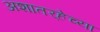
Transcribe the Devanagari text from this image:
अशातर्‍हेच्या